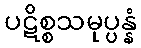
ပဋိစ္စသမုပ္ပန္နံ